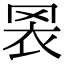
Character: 𦊬